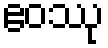
ဧဝဿု